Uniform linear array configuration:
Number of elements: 4
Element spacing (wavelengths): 0.25
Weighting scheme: hann
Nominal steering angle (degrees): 45
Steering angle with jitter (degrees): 46.726
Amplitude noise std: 0.05
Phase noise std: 0.05

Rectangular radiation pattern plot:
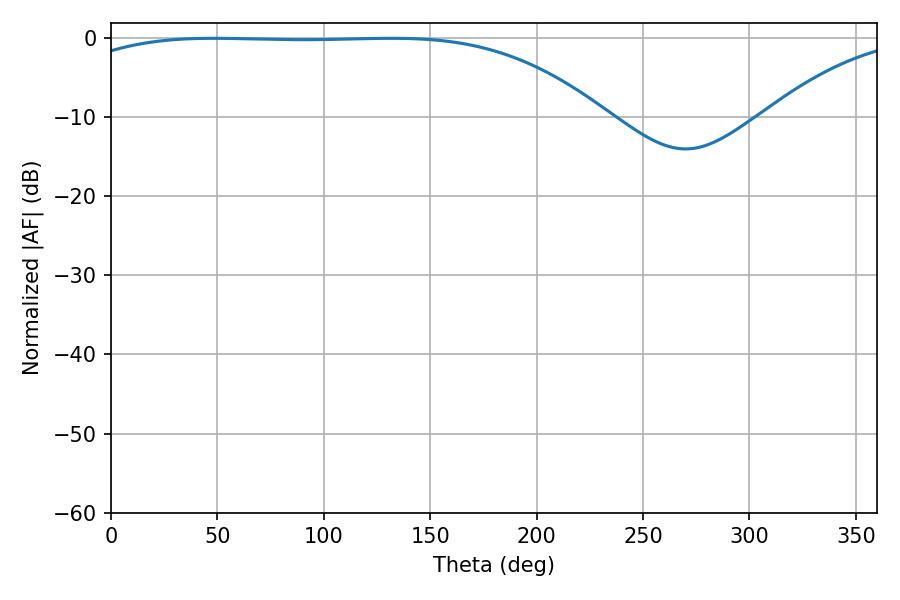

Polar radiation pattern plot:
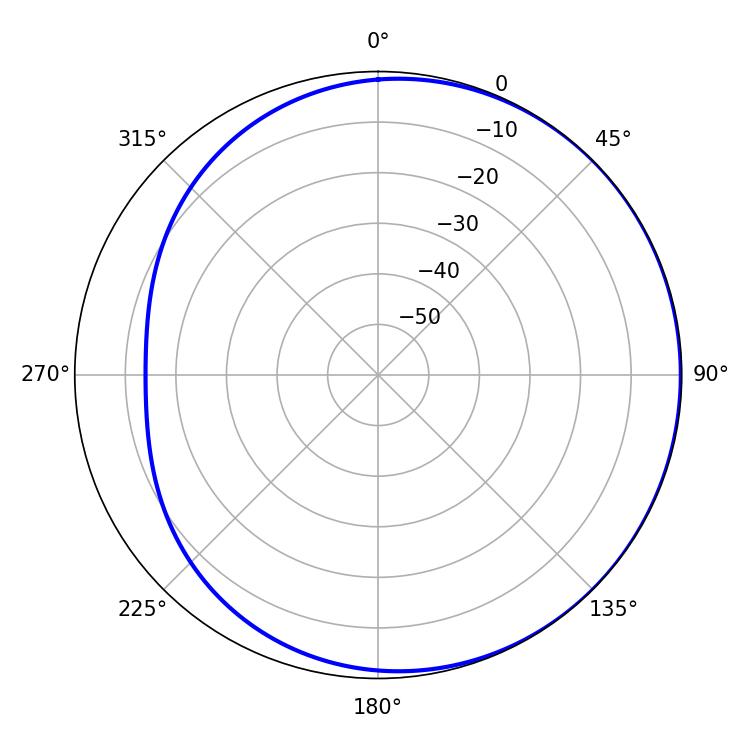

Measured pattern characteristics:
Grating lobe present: FALSE
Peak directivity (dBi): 0.8635
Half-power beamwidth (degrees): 194.76
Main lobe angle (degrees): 48.24